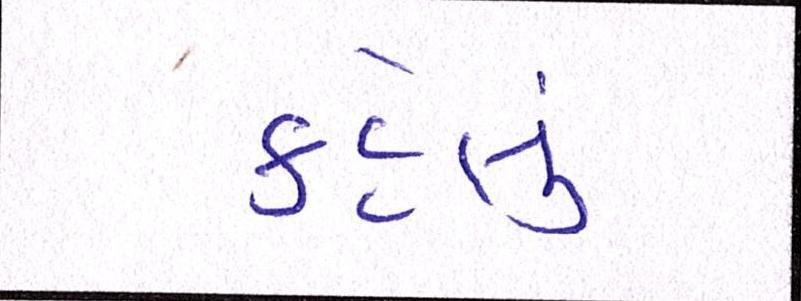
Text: કહેલું